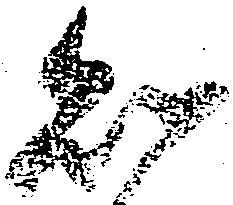
知